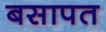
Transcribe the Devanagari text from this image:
बसापत